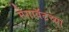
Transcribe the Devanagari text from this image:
मेगावॅटच्या